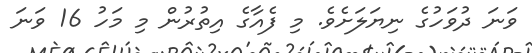
ވަނަ ދުވަހުގެ ނިޔަލަށެވެ. މި ފެއާގެ އިތުރުން މި މަހު 16 ވަނަ